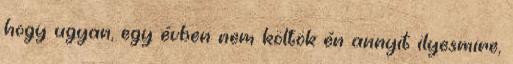
hogy ugyan, egy évben nem költök én annyit ilyesmire,